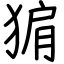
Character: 猏